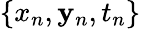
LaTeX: \{ x_{n},\mathbf{y}_{n},t_{n}\}